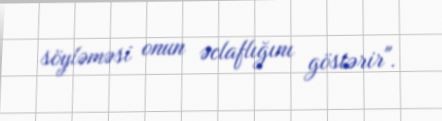
söyləməsi onun əclaflığını göstərir".